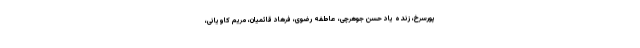
پورسرخ، زنده یاد حسن جوهرچی، عاطفه رضوی، فرهاد قائمیان، مریم کاویانی،